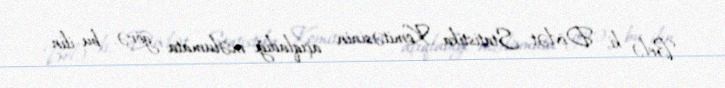
Belə ki, Dövlət Statistika Komitəsinin açıqladığı məlumata görə, bu ilin